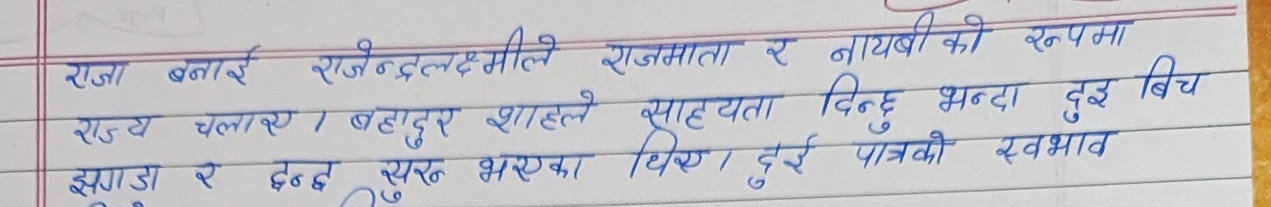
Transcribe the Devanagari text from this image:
राजा बनाई राजेन्द्रलक्ष्मीले राजमाता र नायवी को रुपमा
राज्य चलाए । बहादुर शाहले सहायता दिन्छु भन्दा दुइ बिच
झगडा र द्वन्द्व सुरु भएका थिए । दुई पात्रको स्वभाव